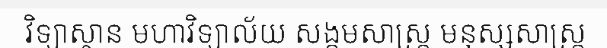
វិទ្យាស្ថាន មហាវិទ្យាល័យ សង្គមសាស្ត្រ មនុស្សសាស្ត្រ